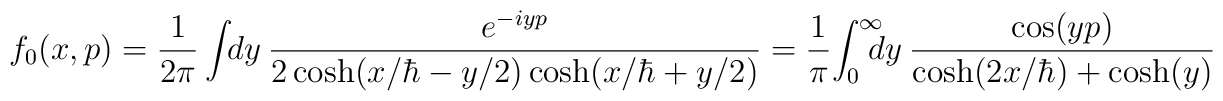
f_0(x,p)={1\over 2\pi} \int\! \! dy ~ { e^{-iyp} \over 2 \cosh(x/\hbar - y / 2 )\cosh(x/\hbar + y/2)   }= {1\over \pi}\!  \int^{\infty}_0\! \!  \!  \!  dy ~ {\cos(yp) \over \cosh(2x/\hbar )+\cosh(y) }